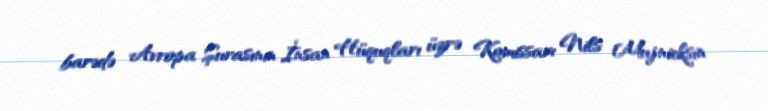
barədə Avropa Şurasının İnsan Hüquqları üzrə Komissarı Nils Mujnieksin